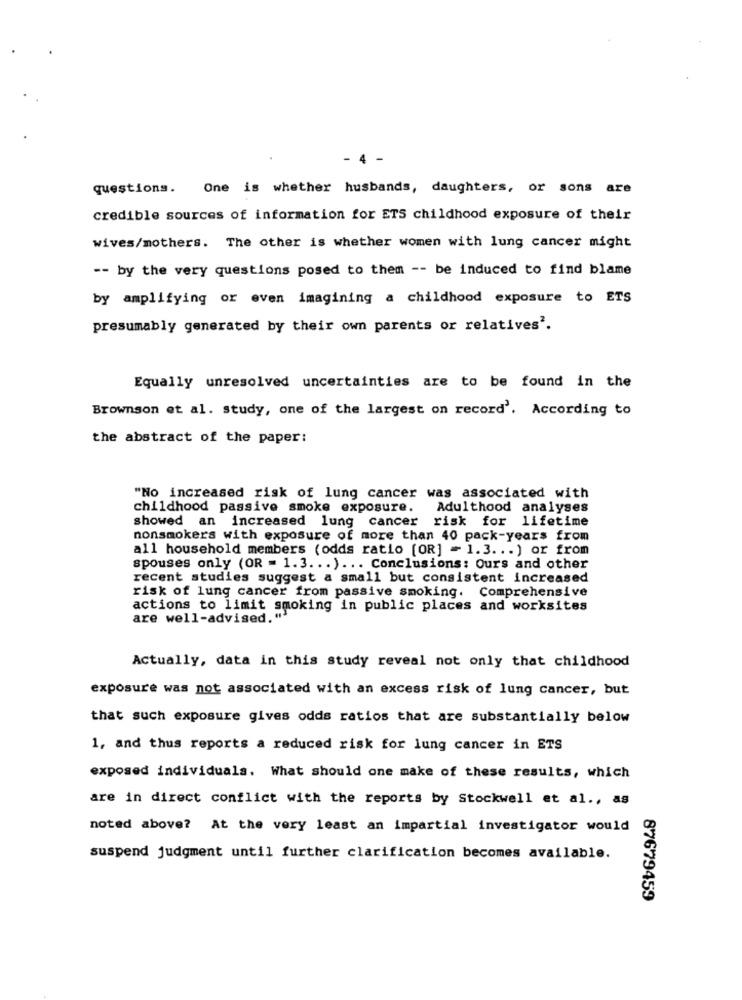
- 4 -
questions. One is whether husbands, daughters, or sons are
credible sources of information for ETS childhood exposure of their
wives/mothers. The other is whether women with lung cancer might
-- by the very questions posed to them -- be induced to find blame
by amplifying or even imagining a childhood exposure to ETS
presumably generated by their own parents or relatives'.
Equally unresolved uncertainties are to be found in the
Brownson et al. study, one of the largest on record'. According to
the abstract of the paper:
"No increased risk of lung cancer was associated with
childhood passive smoke exposure.
Adulthood analyses
showed an increased lung cancer risk for lifetime
nonsmokers with exposure of more than 40 pack-years from
all household members (odds ratio [OR] = 1.3 ... ) or from
spouses only (OR = 1.3. .. ) ... Conclusions: Ours and other
recent studies suggest a small but consistent increased
risk of lung cancer from passive smoking. Comprehensive
actions to limit smoking in public places and worksites
are well-advised."
Actually, data in this study reveal not only that childhood
exposure was not associated with an excess risk of lung cancer, but
that such exposure gives odds ratios that are substantially below
1, and thus reports a reduced risk for lung cancer in ETS
exposed individuals. What should one make of these results, which
are in direct conflict with the reports by Stockwell et al ., as
noted above? At the very least an impartial investigator would
suspend judgment until further clarification becomes available.
87679459